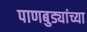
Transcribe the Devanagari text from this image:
पाणबुड्यांच्या